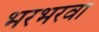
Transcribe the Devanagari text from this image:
भरभरवा